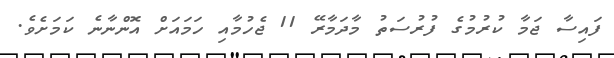
ފައިސާ ޖަމާ ކުރުމުގެ ފުރުސަތު މާދަމާރޭ 11 ޖެހުމާއި ހަމައަށް އޮންނާނެ ކަމަށެވެ.